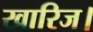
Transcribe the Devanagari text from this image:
खारिज।